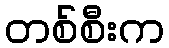
တစ်စီးက